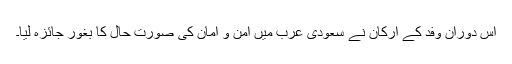
اس دوران وفد کے ارکان نے سعودی عرب میں امن و امان کی صورتِ حال کا بغور جائزہ لیا۔